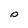
Character: p